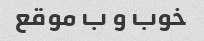
خوب و ب موقع